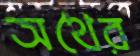
অথৈর